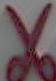
X